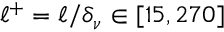
\ell ^ { + } = \ell / \delta _ { \nu } \in [ 1 5 , 2 7 0 ]